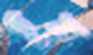
ইয়